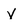
Character: y